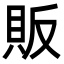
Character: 販